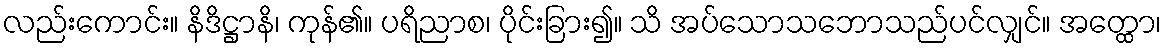
လည်းကောင်း။ နိဒိဋ္ဌာနိ၊ ကုန်၏။ ပရိညာစ၊ ပိုင်းခြား၍။ သိ အပ်သောသဘောသည်ပင်လျှင်။ အတ္ထော၊